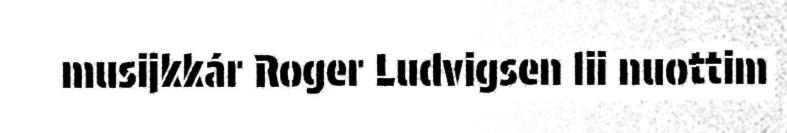
musijkkár Roger Ludvigsen lii nuottim